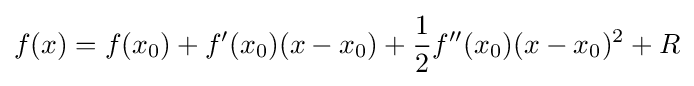
f(x)=f(x_{0})+f'(x_{0})(x-x_{0})+{\frac {1}{2}}f''(x_{0})(x-x_{0})^{2}+R